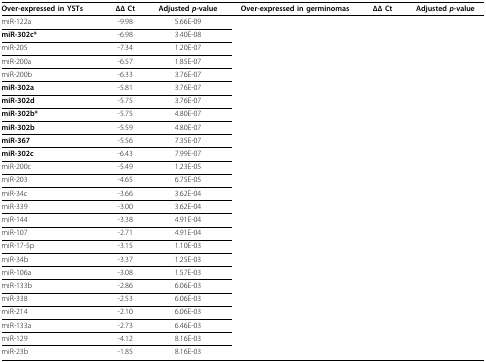
<table><thead><tr><td><b>Over-expressed in YSTs</b></td><td><b>ΔΔ Ct</b></td><td><b>Adjusted <i>p</i>-value</b></td><td><b>Over-expressed in germinomas</b></td><td><b>ΔΔ Ct</b></td><td><b>Adjusted <i>p</i>-value</b></td></tr></thead><tbody><tr><td>miR-122a</td><td>-9.98</td><td>5.66E-09</td><td></td><td></td><td></td></tr><tr><td><b>miR-302c*</b></td><td>-6.98</td><td>3.40E-08</td><td></td><td></td><td></td></tr><tr><td>miR-205</td><td>-7.34</td><td>1.20E-07</td><td></td><td></td><td></td></tr><tr><td>miR-200a</td><td>-6.57</td><td>1.85E-07</td><td></td><td></td><td></td></tr><tr><td>miR-200b</td><td>-6.33</td><td>3.76E-07</td><td></td><td></td><td></td></tr><tr><td><b>miR-302a</b></td><td>-5.81</td><td>3.76E-07</td><td></td><td></td><td></td></tr><tr><td><b>miR-302d</b></td><td>-5.75</td><td>3.76E-07</td><td></td><td></td><td></td></tr><tr><td><b>miR-302b*</b></td><td>-5.75</td><td>4.80E-07</td><td></td><td></td><td></td></tr><tr><td><b>miR-302b</b></td><td>-5.59</td><td>4.80E-07</td><td></td><td></td><td></td></tr><tr><td><b>miR-367</b></td><td>-5.56</td><td>7.35E-07</td><td></td><td></td><td></td></tr><tr><td><b>miR-302c</b></td><td>-6.43</td><td>7.99E-07</td><td></td><td></td><td></td></tr><tr><td>miR-200c</td><td>-5.49</td><td>1.23E-05</td><td></td><td></td><td></td></tr><tr><td>miR-203</td><td>-4.65</td><td>6.75E-05</td><td></td><td></td><td></td></tr><tr><td>miR-34c</td><td>-3.66</td><td>3.62E-04</td><td></td><td></td><td></td></tr><tr><td>miR-339</td><td>-3.00</td><td>3.62E-04</td><td></td><td></td><td></td></tr><tr><td>miR-144</td><td>-3.38</td><td>4.91E-04</td><td></td><td></td><td></td></tr><tr><td>miR-107</td><td>-2.71</td><td>4.91E-04</td><td></td><td></td><td></td></tr><tr><td>miR-17-5p</td><td>-3.15</td><td>1.10E-03</td><td></td><td></td><td></td></tr><tr><td>miR-34b</td><td>-3.37</td><td>1.25E-03</td><td></td><td></td><td></td></tr><tr><td>miR-106a</td><td>-3.08</td><td>1.57E-03</td><td></td><td></td><td></td></tr><tr><td>miR-133b</td><td>-2.86</td><td>6.06E-03</td><td></td><td></td><td></td></tr><tr><td>miR-338</td><td>-2.53</td><td>6.06E-03</td><td></td><td></td><td></td></tr><tr><td>miR-214</td><td>-2.10</td><td>6.06E-03</td><td></td><td></td><td></td></tr><tr><td>miR-133a</td><td>-2.73</td><td>6.46E-03</td><td></td><td></td><td></td></tr><tr><td>miR-129</td><td>-4.12</td><td>8.16E-03</td><td></td><td></td><td></td></tr><tr><td>miR-23b</td><td>-1.85</td><td>8.16E-03</td><td></td><td></td><td></td></tr></tbody></table>